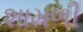
શામળી